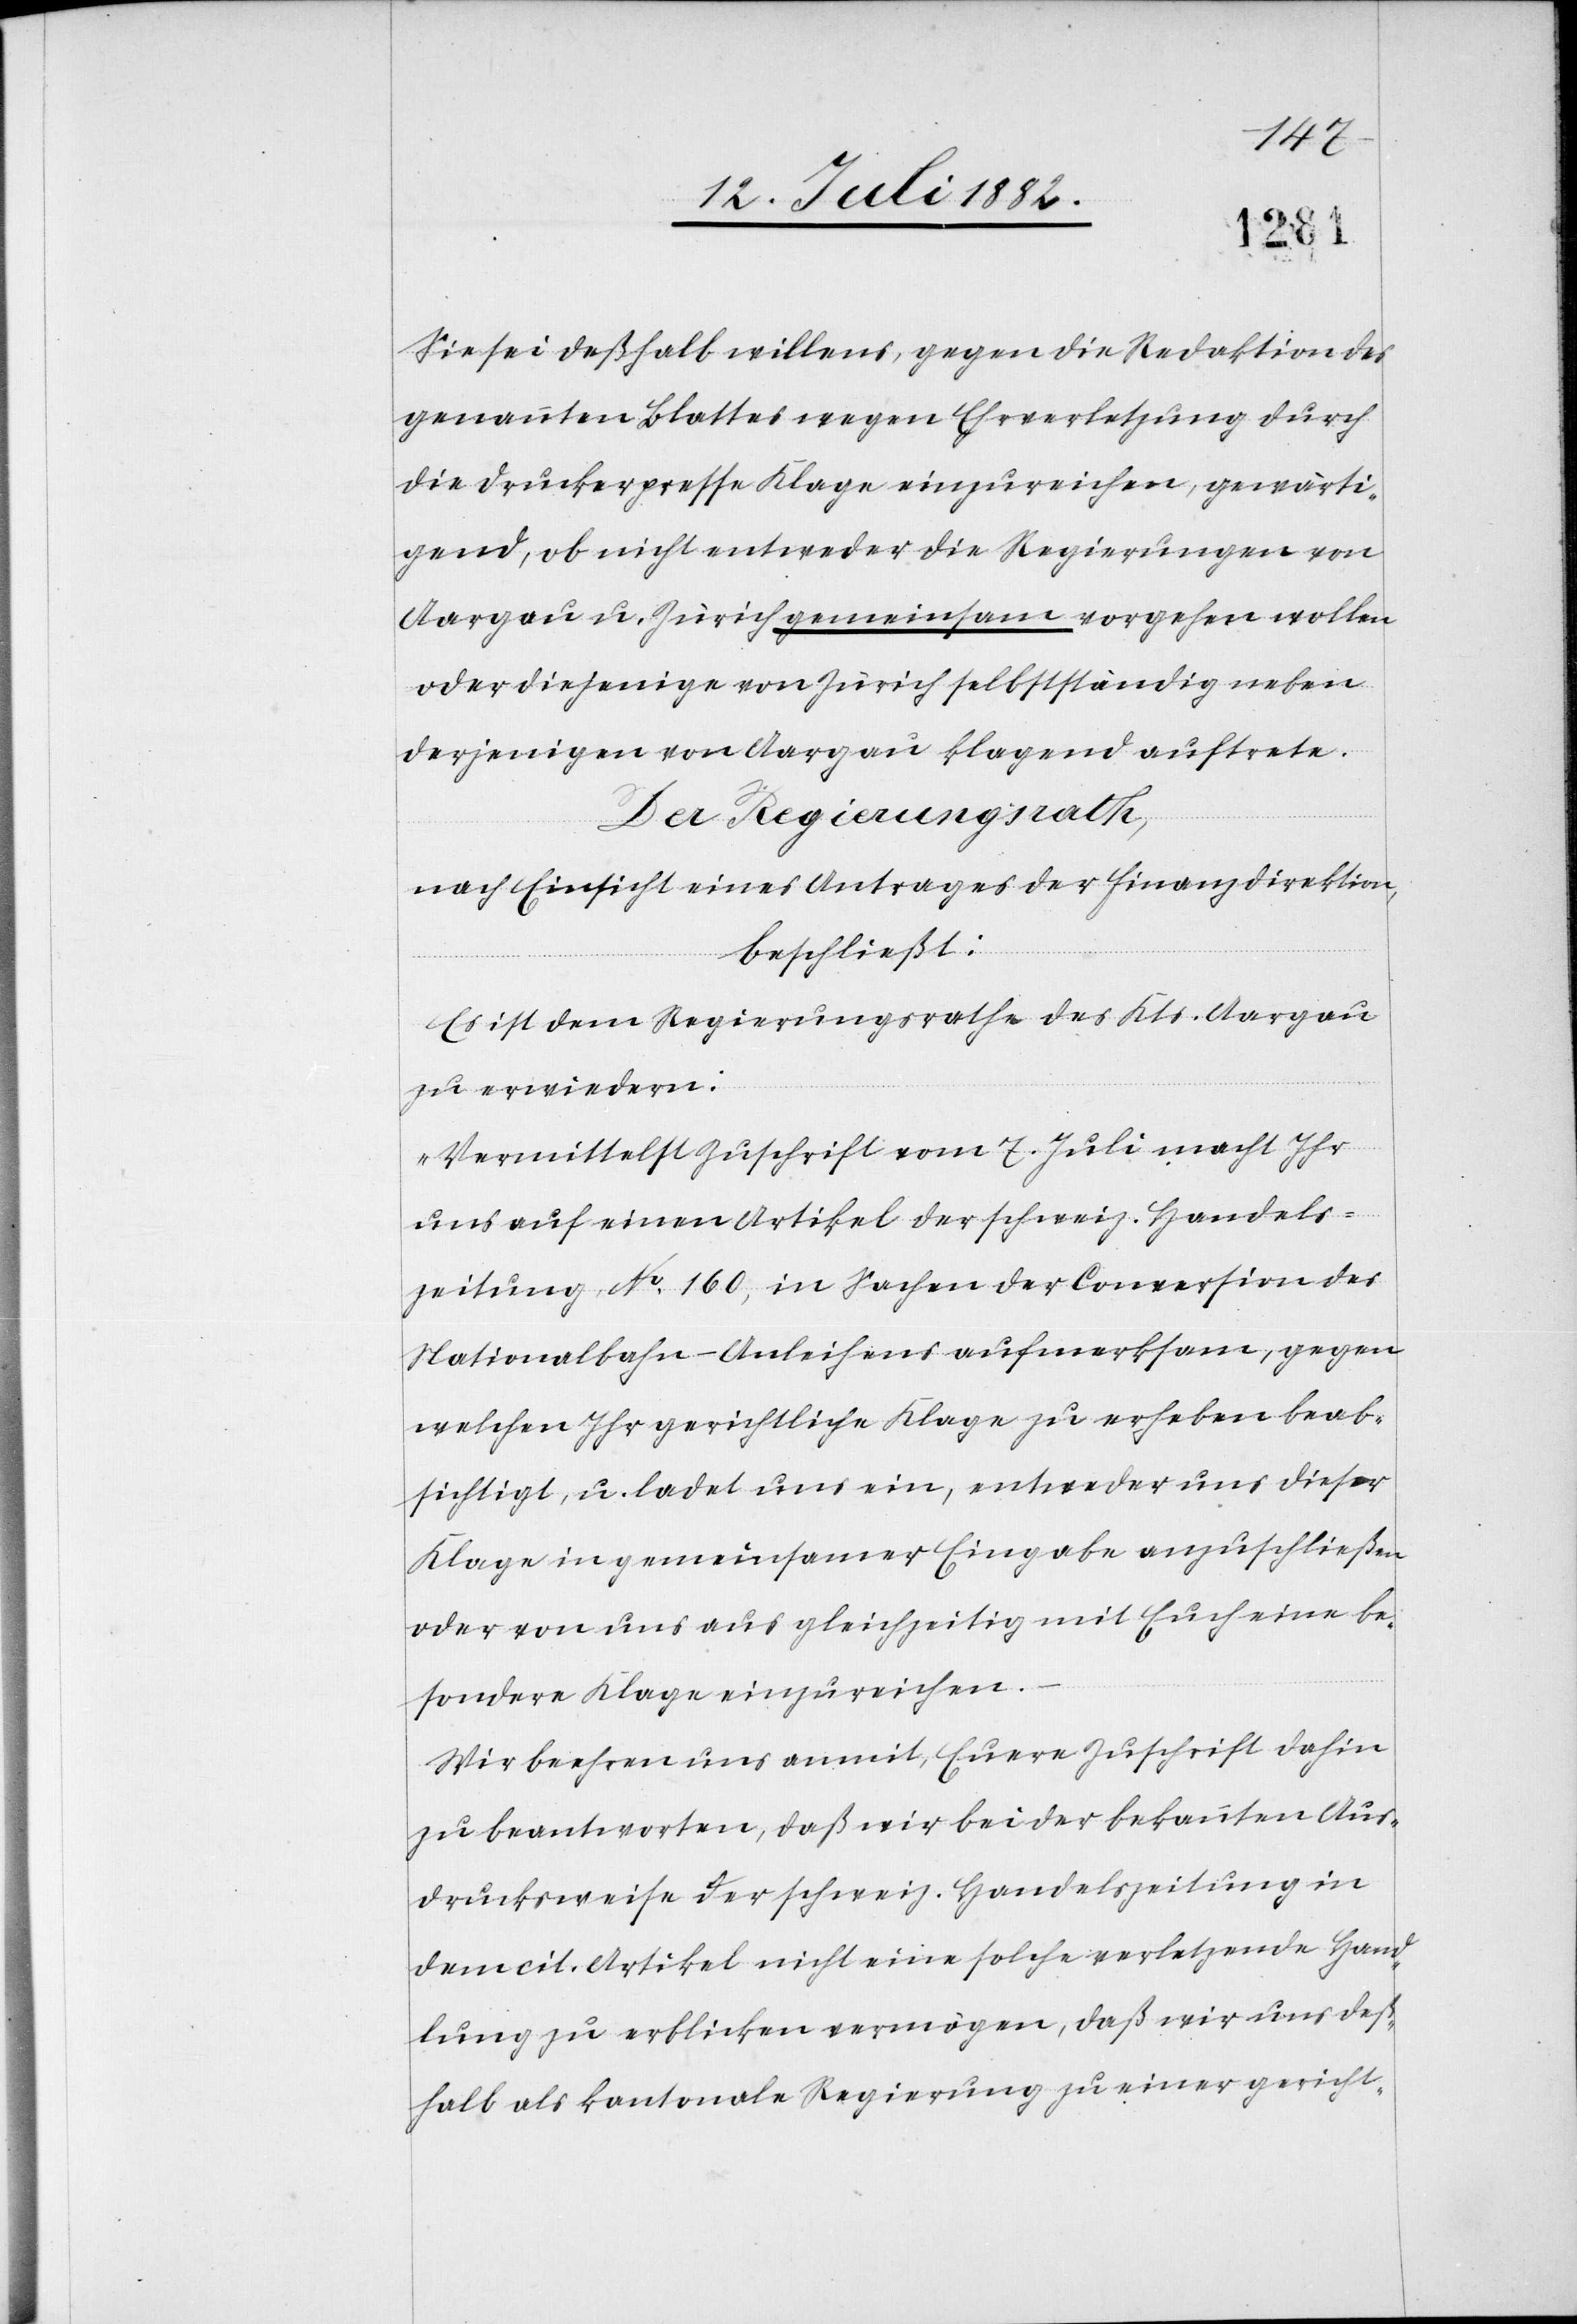
Sie sei deßhalb willens, gegen die Redaktion des
genannten Blattes wegen Ehrverletzung durch
die Druckerpresse Klage einzureichen, gewärti¬
gend, ob nicht entweder die Regierungen von
Aargau u. Zürich gemeinsam vorgehen wollen
oder diejenige von Zürich selbstständig neben
derjenigen von Aargau klagend auftrete.
Der Regierungsrath,
nach Einsicht eines Antrages der Finanzdirektion,
beschließt:
Es ist dem Regierungsrathe des Kts. Aargau
zu erwiedern:
„Vermittelst Zuschrift vom 7. Juli macht Ihr
uns auf einen Artikel der schweiz. Handels¬
zeitung, No 160, in Sachen der Conversion des
Nationalbahn-Anleihens aufmerksam, gegen
welchen Ihr gerichtliche Klage zu erheben beab¬
sichtigt, u. ladet uns ein, entweder uns dieser
Klage in gemeinsamer Eingabe anzuschließen
oder von uns aus gleichzeitig mit Euch eine be¬
sondere Klage einzureichen.
Wir beehren uns anmit, Euere Zuschrift dahin
zu beantworten, daß wir bei der bekannten Aus¬
drucksweise der schweiz. Handelszeitung in
dem cit. Artikel nicht eine solche verletzende Hand¬
lung zu erblicken vermögen, daß wir uns deß¬
halb als kantonale Regierung zu einer gericht-